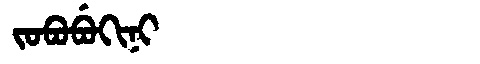
Manchu: ᠵᠣᠪᠣᠪᡠᡴᡳᠨᡳ
Romanization: JOBOBUKINI